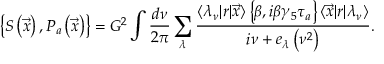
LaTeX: \left\{ S \left( \vec { x } \right) , P _ { a } \left( \vec { x } \right) \right\} = G ^ { 2 } \int \frac { d \nu } { 2 \pi } \sum _ { \lambda } \frac { \langle \lambda _ { \nu } | r | \vec { x } \rangle \left\{ \beta , i \beta \gamma _ { 5 } \tau _ { a } \right\} \langle \vec { x } | r | \lambda _ { \nu } \rangle } { i \nu + e _ { \lambda } \left( \nu ^ { 2 } \right) } .